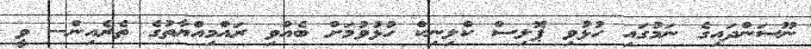
ނޫސަންދައިގެ ނަމުގައި ހުޅުވި ޕޮލިސް ކްލިނިކް ހުޅުވުމަށް ބެއްވި ރައްމިއްޔާތުގެ ތެރެއިން-- ވީ